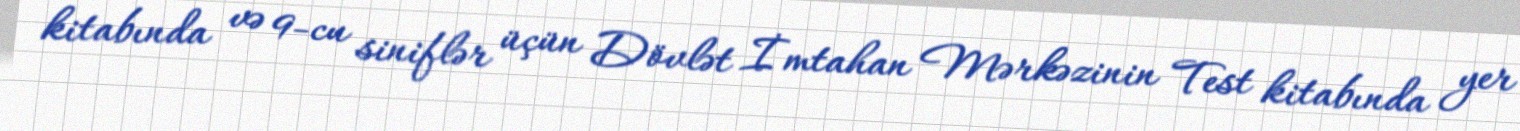
kitabında və 9-cu siniflər üçün Dövlət İmtahan Mərkəzinin Test kitabında yer